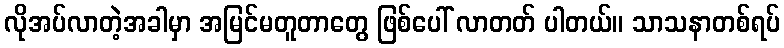
လိုအပ်လာတဲ့အခါမှာ အမြင်မတူတာတွေ ဖြစ်ပေါ် လာတတ် ပါတယ်။ သာသနာတစ်ရပ်